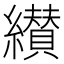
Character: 纉